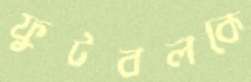
ফুটবলকে